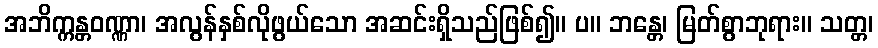
အဘိက္ကန္တဝဏ္ဏာ၊ အလွန်နှစ်လိုဖွယ်သော အဆင်းရှိသည်ဖြစ်၍။ ပ။ ဘန္တေ၊ မြတ်စွာဘုရား။ သတ္တ၊